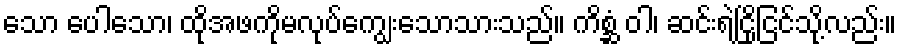
သော ပေါသော၊ ထိုအဖကိုမလုပ်ကျွေးသောသားသည်။ ကိစ္ဆံ ဝါ၊ ဆင်းရဲငြိုငြင်သို့လည်း။